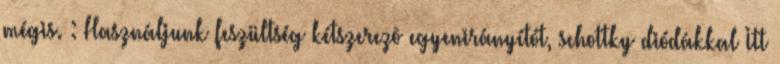
mégis. : Használjunk feszültség kétszerezõ egyenirányítót, schottky diódákkal Itt